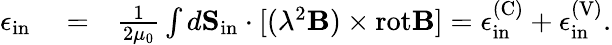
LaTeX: \begin{array}{rlr}{\epsilon_{\mathrm{in}}}&{{}=}&{\frac{1}{2\mu_{0}}\int d{\mathbf S}_{\mathrm{in}}\cdot[(\lambda^{2}{\mathbf B})\times\mathrm{rot}{\mathbf B}]=\epsilon_{\mathrm{in}}^{\mathrm{(C)}}+\epsilon_{\mathrm{in}}^{\mathrm{(V)}}.}\end{array}